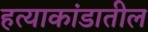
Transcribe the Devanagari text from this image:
हत्याकांडातील